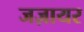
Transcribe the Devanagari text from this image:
जज़ायर